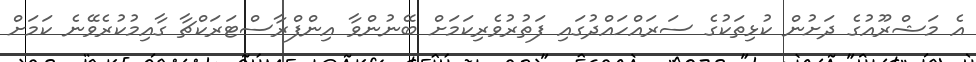
އެ މަޝްރޫއުގެ ދަށުން ކުޅިތަކުގެ ސަރައްހައްދުގައި ފަތުރުވެރިކަމަށް ބޭނުންވާ އިންފްރާސްޓަރަކްޗާ ގާއިމުކުރެވޭނެ ކަަމަށް